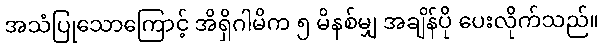
အသံပြုသောကြောင့် အိရှိဂါမိက ၅ မိနစ်မျှ အချိန်ပို ပေးလိုက်သည်။